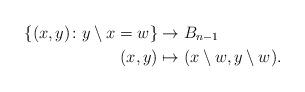
LaTeX: \begin{align*}\{(x, y)\colon y\setminus x = w\} & \rightarrow B_{n-1}\\(x,y) &\mapsto (x\setminus w,y\setminus w). \end{align*}